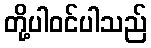
တို့ပါဝင်ပါသည်